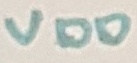
Text: VDD